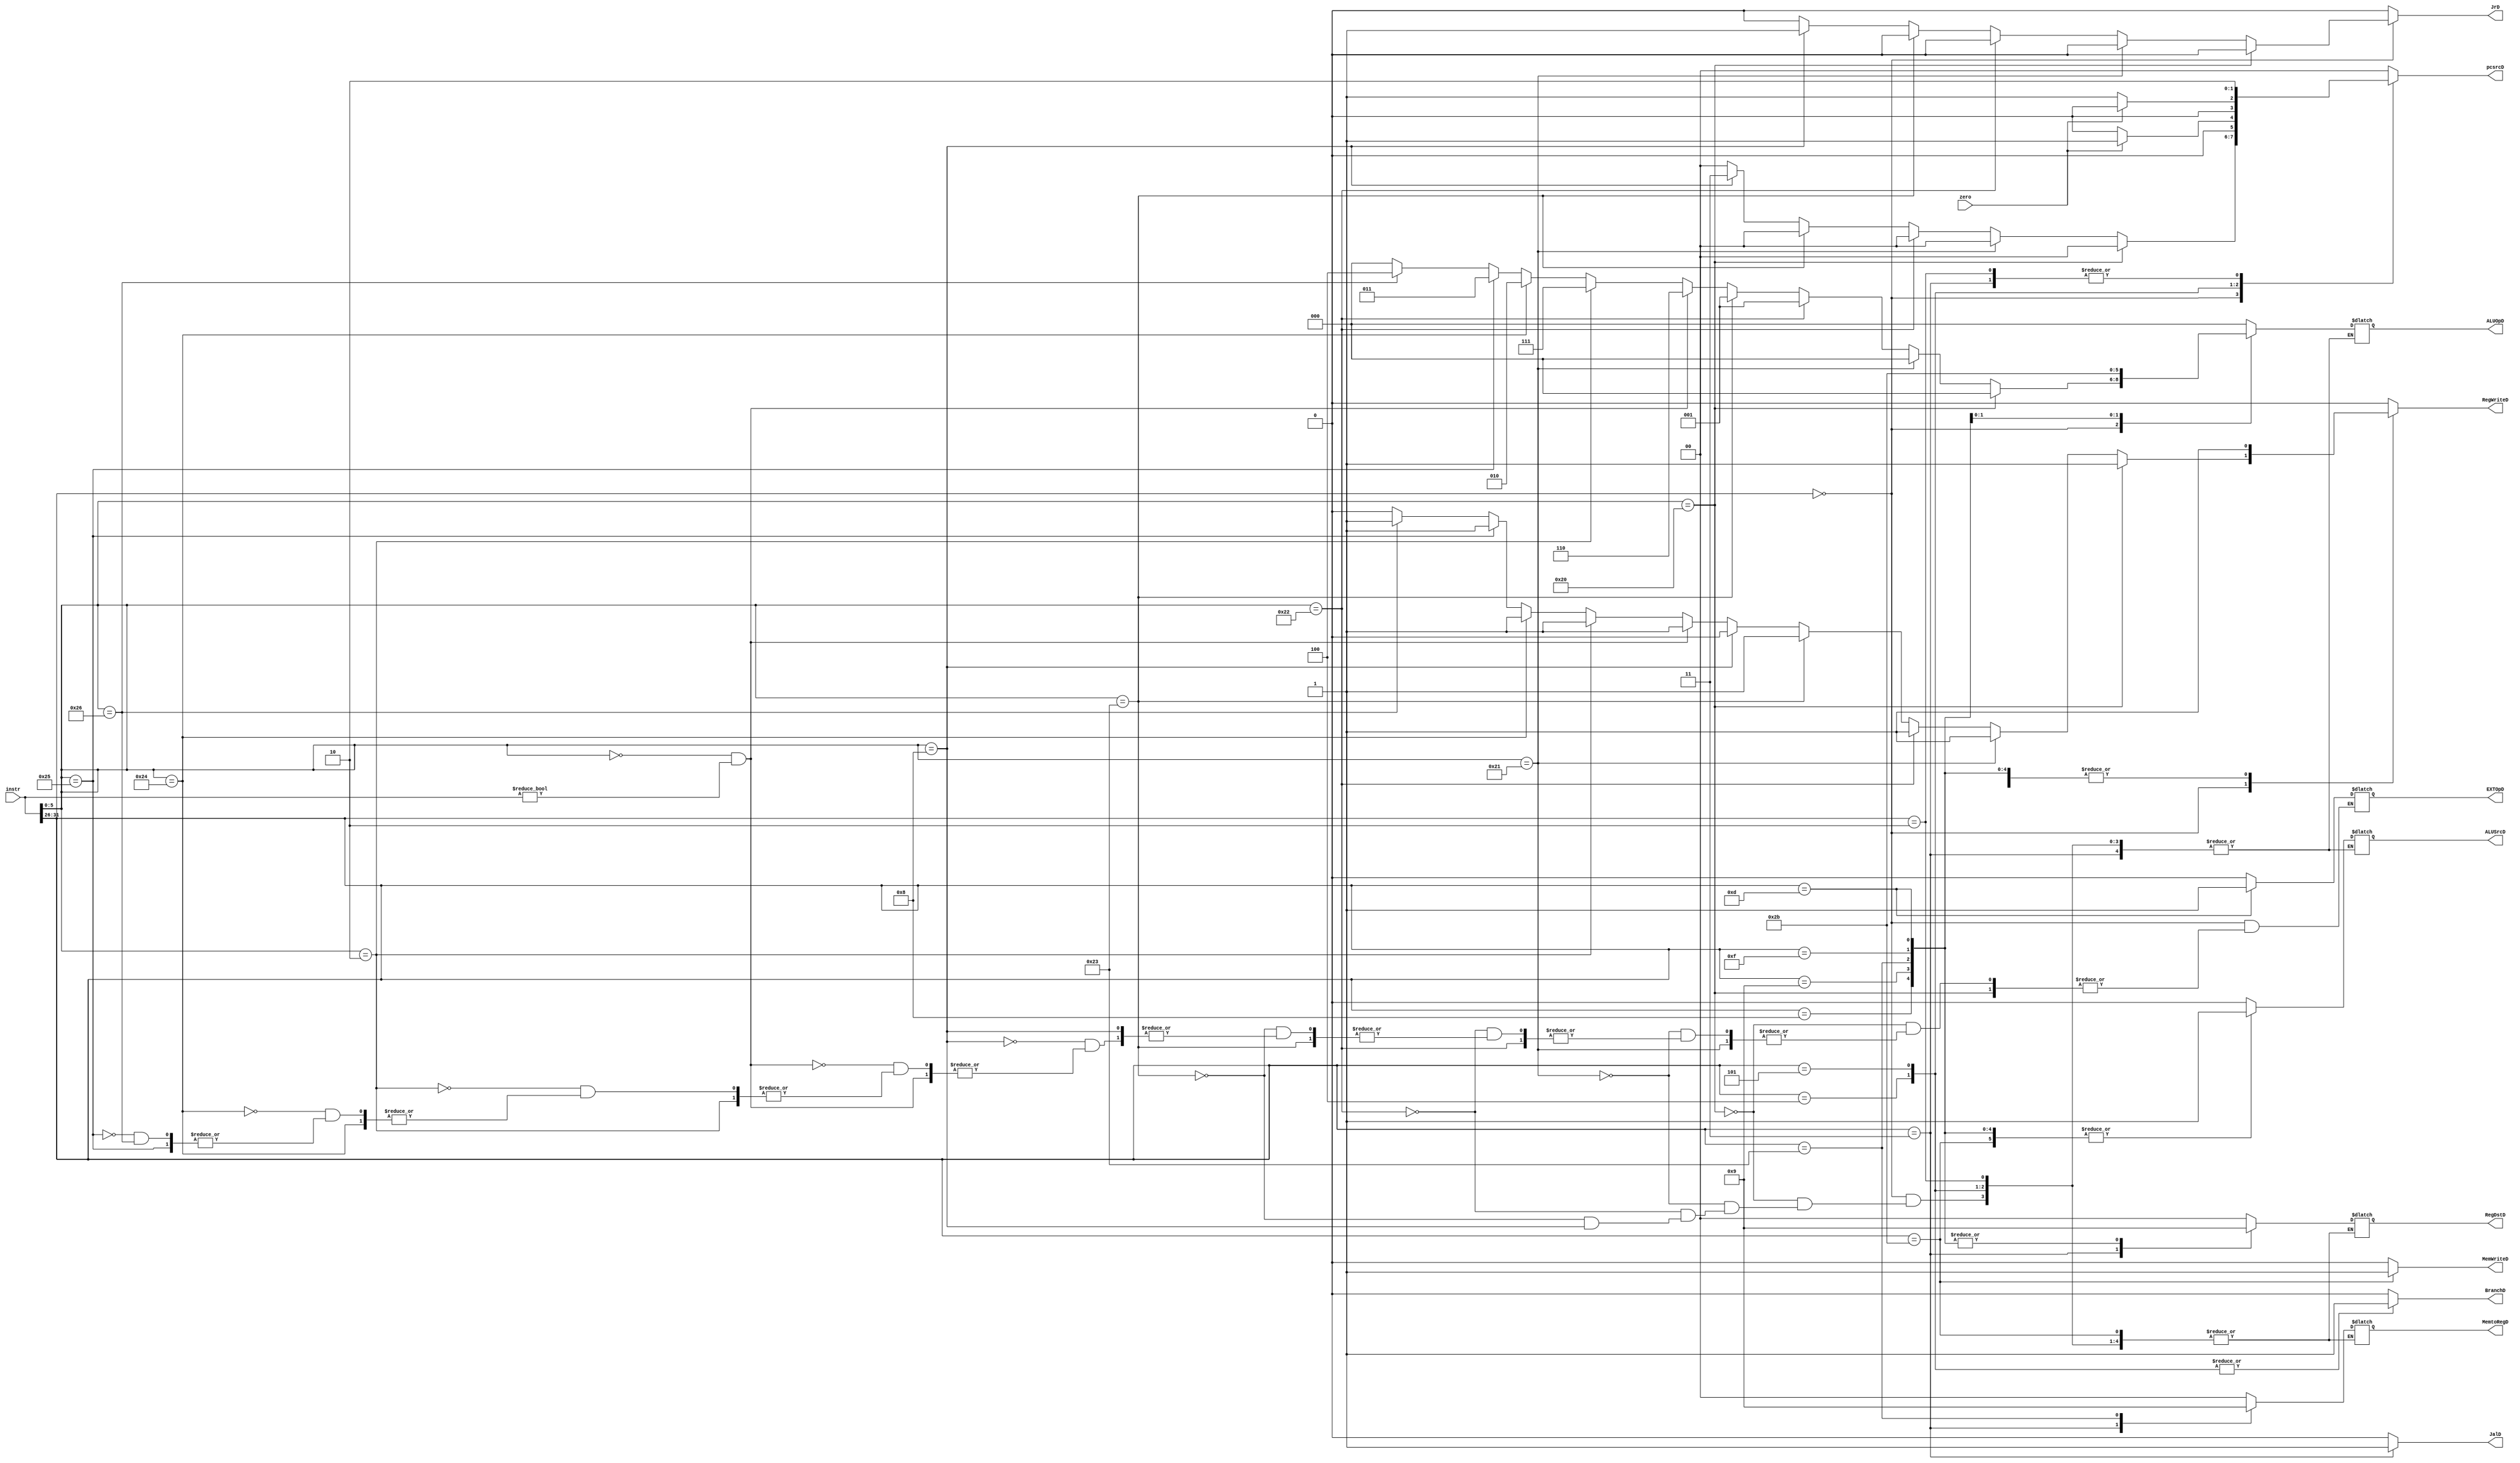
//
module control_D(                                                                                                                                                                                                                                                                                                                                                                                                                                                                                                                                                                                                                                                                                                                                                                                                                                                                                                                                                                                                                                                                                                                                                                                                                                                                                                          
	 input [31:0] instr,
	 input zero,
	 output RegWriteD,
	 output MemWriteD,
	 output [1:0] MemtoRegD,
	 output [1:0] RegDstD,
	 output ALUSrcD,
	 output [2:0] ALUOpD,
	 output EXTOpD,		
	 output [1:0] pcsrcD,
	 output BranchD,
	 output JrD,
	 output JalD
    );
	 
	 reg RegWrite;			//
	 reg MemWrite;			//DM
	 reg [1:0]MemtoReg;	//	00 ALUOut; 01 DMOut; 10 pc4
	 reg [1:0] RegDst;			//A3	0 rd; 1 rt
	 reg ALUSrc;			//ALU	0 RD2; 1 imm
	 reg [2:0] ALUOp;		//ALU	
	 reg EXTOp;				//EXT	0 sign; 1 zero
	 reg [1:0]pcsrc;				//npc	
	 reg Branch;
	 reg Jr;
	 reg Jal;
	 
	 initial begin
		RegWrite <= 0;
		MemWrite <= 0;
		MemtoReg <= 0;
		RegDst <= 0;
		ALUSrc <= 0;
		ALUOp <= 0;
		EXTOp <= 0;
		pcsrc <= 0;
		Branch <= 0;
		Jr <= 0;
		Jal <= 0;
	 end
	 
	 assign RegWriteD = RegWrite;
	 assign MemWriteD = MemWrite;
	 assign MemtoRegD = MemtoReg;
	 assign RegDstD = RegDst;
	 assign ALUSrcD = ALUSrc;
	 assign ALUOpD = ALUOp;
	 assign pcsrcD = pcsrc;
	 assign EXTOpD = EXTOp;
	 assign BranchD = Branch;
	 assign JrD = Jr;
	 assign JalD = Jal;
	 
	 always @(*)begin
		case(instr[31:26])	//R
			6'b000000:begin	
				if(instr[5:0]==6'b100000)begin	//add
					RegWrite <= 1'b1;
					MemWrite <= 1'b0;
					MemtoReg <= 2'b00;
					RegDst <= 2'b00;
					ALUSrc <= 1'b0;
					ALUOp <= 3'b000;
					pcsrc <= 2'b00;
					Branch <= 1'b0;
					Jr <= 1'b0;
					Jal <= 1'b0;
				end
				else if(instr[5:0]==6'b100001)begin	//addu
					RegWrite <= 1'b1;
					MemWrite <= 1'b0;
					MemtoReg <= 2'b00;
					RegDst <= 2'b00;
					ALUSrc <= 1'b0;
					ALUOp <= 3'b000;
					pcsrc <= 2'b00;
					Branch <= 1'b0;
					Jr <= 1'b0;
					Jal <= 1'b0;
				end
				else if(instr[5:0]==6'b100010)begin	//sub
					RegWrite <= 1'b1;
					MemWrite <= 1'b0;
					MemtoReg <= 2'b00;
					RegDst <= 2'b00;
					ALUSrc <= 1'b0;
					ALUOp <= 3'b001;
					pcsrc <= 2'b00;
					Branch <= 1'b0;
					Jr <= 1'b0;
					Jal <= 1'b0;
				end
				else if(instr[5:0]==6'b100011)begin	//subu
					RegWrite <= 1'b1;
					MemWrite <= 1'b0;
					MemtoReg <= 2'b00;
					RegDst <= 2'b00;
					ALUSrc <= 1'b0;
					ALUOp <= 3'b001;
					pcsrc <= 2'b00;
					Branch <= 1'b0;
					Jr <= 1'b0;
					Jal <= 1'b0;
				end
				else if(instr[5:0]==6'b001000)begin	//jr
					RegWrite <= 1'b0;
					MemWrite <= 1'b0;
					pcsrc <= 2'b11;
					Branch <= 1'b0;
					Jr <= 1'b1;
					Jal <= 1'b0;
				end
				else if(instr[5:0]==6'b000000&&(instr!=32'h00000000))begin	//sll
					RegWrite <= 1'b1;
					MemWrite <= 1'b0;
					MemtoReg <= 2'b00;
					RegDst <= 2'b00;
					ALUSrc <= 1'b0;
					ALUOp <= 3'b110;
					pcsrc <= 2'b00;
					Branch <= 1'b0;
					Jr <= 1'b0;
					Jal <= 1'b0;
				end
				else if(instr[5:0]==6'b000010)begin	//srl
					RegWrite <= 1'b1;
					MemWrite <= 1'b0;
					MemtoReg <= 2'b00;
					RegDst <= 2'b00;
					ALUSrc <= 1'b0;
					ALUOp <= 3'b111;
					pcsrc <= 2'b00;
					Branch <= 1'b0;
					Jr <= 1'b0;
					Jal <= 1'b0;
				end
				else if(instr[5:0]==6'b100100)begin	//and
					RegWrite <= 1'b1;
					MemWrite <= 1'b0;
					MemtoReg <= 2'b00;
					RegDst <= 2'b00;
					ALUSrc <= 1'b0;
					ALUOp <= 3'b010;
					pcsrc <= 2'b00;
					Branch <= 1'b0;
					Jr <= 1'b0;
					Jal <= 1'b0;
				end
				else if(instr[5:0]==6'b100101)begin //or
					RegWrite <= 1'b1;
					MemWrite <= 1'b0;
					MemtoReg <= 2'b00;
					RegDst <= 2'b00;
					ALUSrc <= 1'b0;
					ALUOp <= 3'b011;
					pcsrc <= 2'b00;
					Branch <= 1'b0;
					Jr <= 1'b0;
					Jal <= 1'b0;
				end
				else if(instr[5:0]==6'b100110)begin	//xor
					RegWrite <= 1'b1;
					MemWrite <= 1'b0;
					MemtoReg <= 2'b00;
					RegDst <= 2'b00;
					ALUSrc <= 1'b0;
					ALUOp <= 3'b100;
					pcsrc <= 2'b00;
					Branch <= 1'b0;
					Jr <= 1'b0;
					Jal <= 1'b0;
				end
				else begin
					RegWrite <= 0;
					MemWrite <= 0;
					MemtoReg <= 0;
					RegDst <= 0;
					ALUSrc <= 0;
					ALUOp <= 0;
					EXTOp <= 0;
					pcsrc <= 0;
					Branch <= 0;
					Jr <= 1'b0;
					Jal <= 1'b0;
				end
			end
			
			6'b001000:begin		//addi
				RegWrite <= 1'b1;
				MemWrite <= 1'b0;
				MemtoReg <= 2'b00;
				RegDst <= 2'b01;
				ALUSrc <= 1'b1;
				ALUOp <= 3'b000;
				EXTOp <= 1'b0;
				pcsrc <= 2'b00;
				Branch <= 1'b0;
				Jr <= 1'b0;
				Jal <= 1'b0;
			end
			
			6'b001001:begin	//addiu
				RegWrite <= 1'b1;
				MemWrite <= 1'b0;
				MemtoReg <= 2'b00;
				RegDst <= 2'b01;
				ALUSrc <= 1'b1;
				ALUOp <= 3'b000;
				EXTOp <= 1'b0;
				pcsrc <= 2'b00;
				Branch <= 1'b0;
				Jr <= 1'b0;
				Jal <= 1'b0;
			end
			
			6'b000100:begin	//beq
				RegWrite <= 1'b0;
				MemWrite <= 1'b0;
				EXTOp <= 1'b0;
				Branch <= 1'b1;
				Jr <= 1'b0;
				Jal <= 1'b0;
				if(zero)
					pcsrc <= 2'b01;
				else
					pcsrc <= 2'b00;
			end
			
			6'b000101:begin	//bne
				RegWrite <= 1'b0;
				MemWrite <= 1'b0;
				EXTOp <= 1'b0;
				Branch <= 1'b1;
				Jr <= 1'b0;
				Jal <= 1'b0;
				if(zero)
					pcsrc <= 2'b00;
				else
					pcsrc <= 2'b01;
			end
			
			6'b000010:begin	//j
				RegWrite <= 1'b0;
				MemWrite <= 1'b0;
				EXTOp <= 1'b0;
				pcsrc <= 2'b10;
				Branch <= 1'b0;
				Jr <= 1'b0;
				Jal <= 1'b0;
			end
			
			6'b000011:begin	//jal
				RegWrite <= 1'b1;
				MemWrite <= 1'b0;
				MemtoReg <= 2'b10;
				RegDst <= 2'b10;
				EXTOp <= 1'b0;
				pcsrc <= 2'b10;
				Branch <= 1'b0;
				Jr <= 1'b0;
				Jal <= 1'b1;
			end
			
			6'b100011:begin	//lw
				RegWrite <= 1'b1;
				MemWrite <= 1'b0;
				MemtoReg <= 2'b01;
				RegDst <= 2'b01;
				ALUSrc <= 1'b1;
				ALUOp <= 3'b000;
				EXTOp <= 1'b0;
				pcsrc <= 2'b00;
				Branch <= 1'b0;
				Jr <= 1'b0;
				Jal <= 1'b0;
			end
			
			6'b101011:begin	//sw
				RegWrite <= 1'b0;
				MemWrite <= 1'b1;
				ALUSrc <= 1'b1;
				ALUOp <= 3'b000;
				EXTOp <= 1'b0;
				pcsrc <= 2'b00;
				Branch <= 1'b0;
				Jr <= 1'b0;
				Jal <= 1'b0;
			end
			
			6'b001111:begin	//lui
				RegWrite <= 1'b1;
				MemWrite <= 1'b0;
				MemtoReg <= 2'b00;
				RegDst <= 2'b01;
				ALUSrc <= 1'b1;
				ALUOp <= 3'b101;
				EXTOp <= 1'b0;
				pcsrc <= 2'b00;
				Branch <= 1'b0;
				Jr <= 1'b0;
				Jal <= 1'b0;
			end
			
			6'b001101:begin	//ori
				RegWrite <= 1'b1;
				MemWrite <= 1'b0;
				MemtoReg <= 2'b00;
				RegDst <= 2'b01;
				ALUSrc <= 1'b1;
				ALUOp <= 3'b011;
				EXTOp <= 1'b1;
				pcsrc <= 2'b00;
				Branch <= 1'b0;
				Jr <= 1'b0;
				Jal <= 1'b0;
			end
			
			default: begin
				RegWrite <= 0;
				MemWrite <= 0;
				MemtoReg <= 0;
				RegDst <= 0;
				ALUSrc <= 0;
				ALUOp <= 0;
				EXTOp <= 0;
				pcsrc <= 0;
				Branch <= 0;
				Jr <= 1'b0;
				Jal <= 1'b0;
			end
				
		endcase
	 end

endmodule